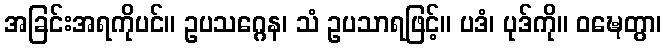
အခြင်းအရကိုပင်။ ဥပသဂ္ဂေန၊ သံ ဥပသာရဖြင့်။ ပဒံ၊ ပုဒ်ကို။ ဝဍ္ဎေတွာ၊